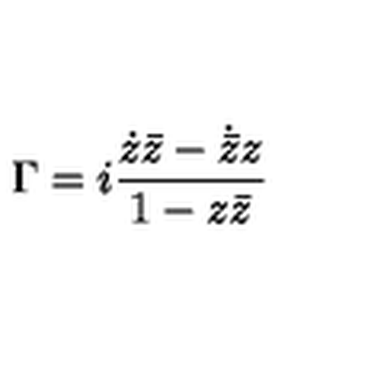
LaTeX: \Gamma = i \frac { \dot { z } \bar { z } - \dot { \bar { z } } z } { 1 - z \bar { z } }